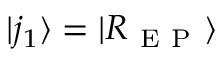
| j _ { 1 } \rangle = | R _ { \mathrm { ~ E ~ P ~ } } \rangle